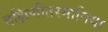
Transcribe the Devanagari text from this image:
दक्षिणीतस्मानिया